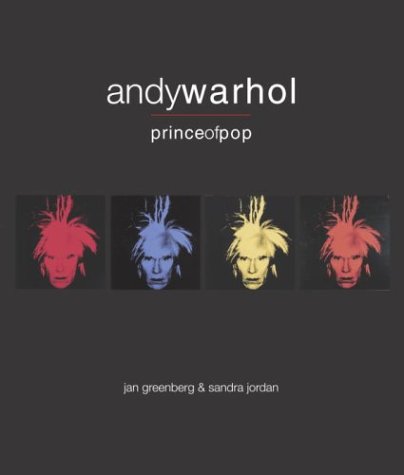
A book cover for Andy Warhol, Prince of Pop (Bccb Blue Ribbon Nonfiction Book Award (Awards)); Jan Greenberg; Teen & Young Adult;